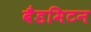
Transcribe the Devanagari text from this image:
बैडमिटन